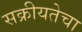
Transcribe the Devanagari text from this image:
सक्रीयतेचा